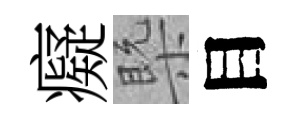
癡槩目